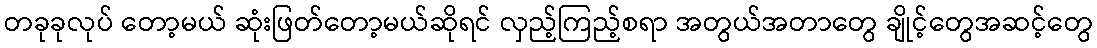
တခုခုလုပ် တော့မယ် ဆုံးဖြတ်တော့မယ်ဆိုရင် လှည့်ကြည့်စရာ အတွယ်အတာတွေ ချိုင့်တွေအဆင့်တွေ